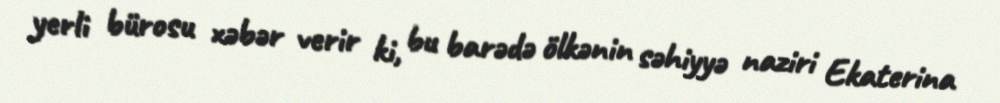
yerli bürosu xəbər verir ki, bu barədə ölkənin səhiyyə naziri Ekaterina